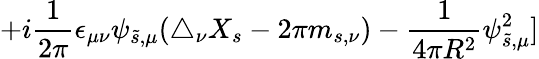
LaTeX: +i{\frac{1}{2\pi}}\epsilon_{\mu\nu}\psi_{\tilde{s},\mu}(\triangle_{\nu}X_{s}-2\pi m_{s,\nu})-{\frac{1}{4\pi R^{2}}}\psi_{\tilde{s},\mu}^{2}]